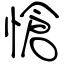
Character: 愴